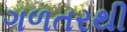
ગળતરથી